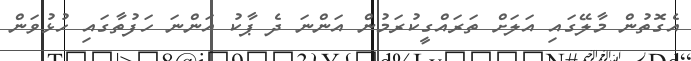
އެގޮތުން މާލޭގައި އަލަށް ތަރައްގީކުރަމުން އަންނަ ދެ ޕާކު އަންނަ ހަފުތާގައި ހުޅުވަން